Scottish Certificate of Education, 1963
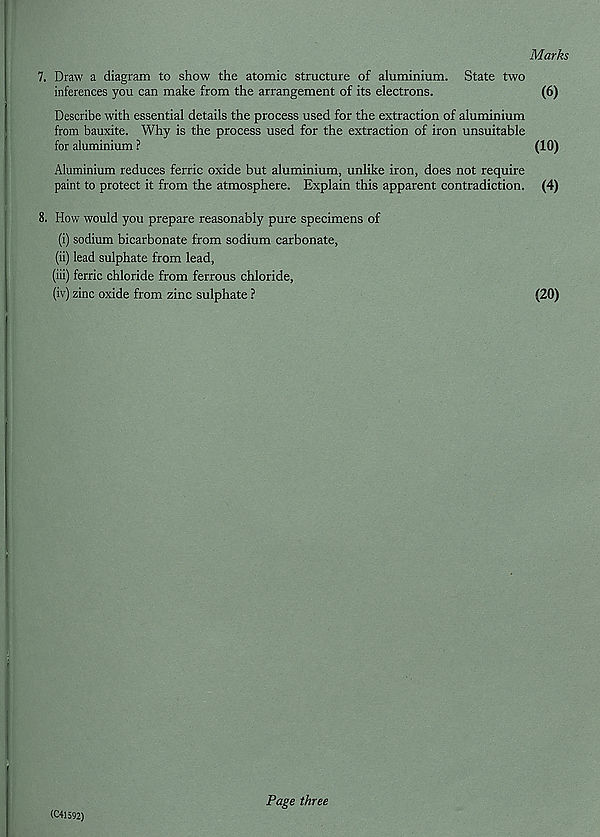
Marks
7. Draw a diagram to show the atomic structure of aluminium. State two
inferences you can make from the arrangement of its electrons.
(6)
Describe with essential details the process used for the extraction of aluminium
from bauxite. Why is the process used for the extraction of iron unsuitable
for aluminium ?
(10)
Aluminium reduces ferric oxide but aluminium, unlike iron, does not require
paint to protect it from the atmosphere. Explain this apparent contradiction. (4)
8. How would you prepare reasonably pure specimens of
(i) sodium bicarbonate from sodium carbonate,
(ii) lead sulphate from lead,
(iii) ferric chloride from ferrous chloride,
(iv) zinc oxide from zinc sulphate ?
(20)
(C41592)
Page three